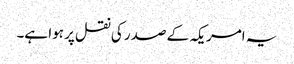
یہ امریکہ کے صدر کی نقل پر ہوا ہے۔